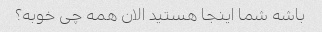
باشه شما اینجا هستید الان همه چی خوبه؟